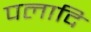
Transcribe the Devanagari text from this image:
पलादि